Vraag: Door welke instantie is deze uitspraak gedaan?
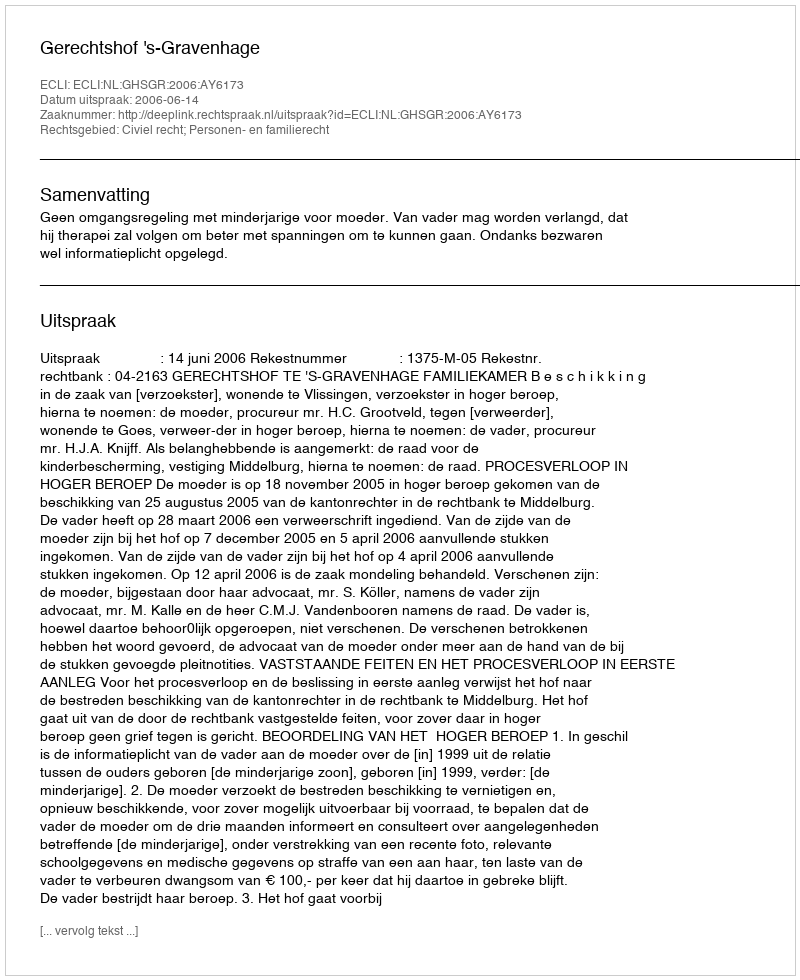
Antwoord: Gerechtshof 's-Gravenhage